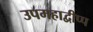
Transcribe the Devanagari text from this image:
उपमहाद्वीप्प